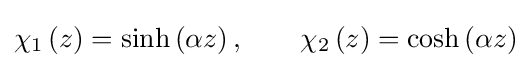
\chi _{1}\left(z\right)=\sinh \left(\alpha z\right),\qquad \chi _{2}\left(z\right)=\cosh \left(\alpha z\right)